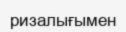
ризалығымен